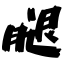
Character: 腿